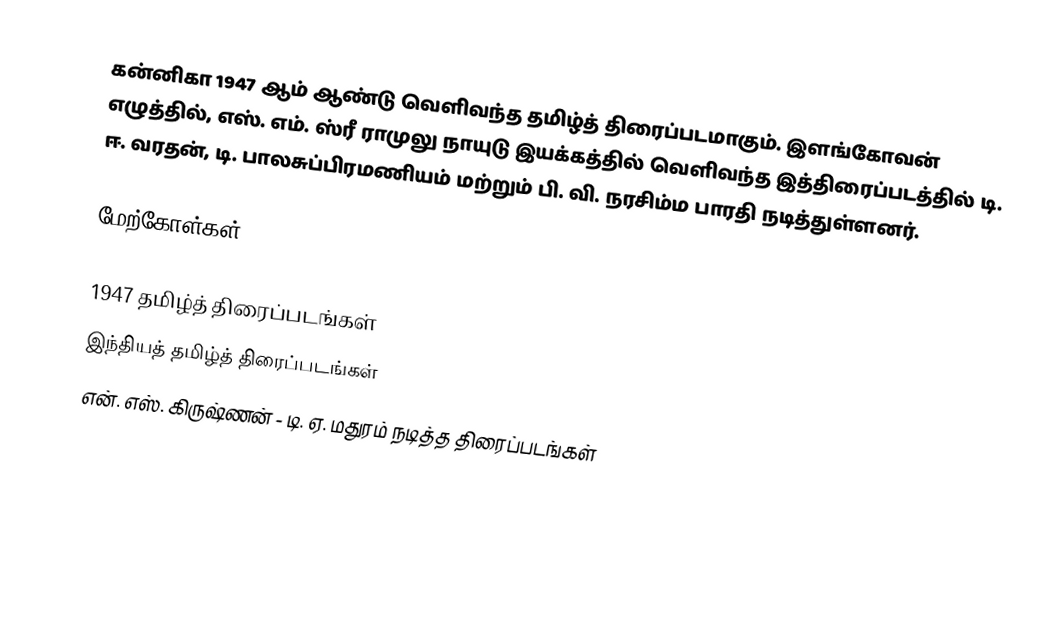
கன்னிகா 1947 ஆம் ஆண்டு வெளிவந்த தமிழ்த் திரைப்படமாகும்.  இளங்கோவன் எழுத்தில், எஸ். எம். ஸ்ரீ ராமுலு நாயுடு இயக்கத்தில் வெளிவந்த இத்திரைப்படத்தில் டி. ஈ. வரதன், டி. பாலசுப்பிரமணியம் மற்றும் பி. வி. நரசிம்ம பாரதி நடித்துள்ளனர்.

மேற்கோள்கள்

1947 தமிழ்த் திரைப்படங்கள்
இந்தியத் தமிழ்த் திரைப்படங்கள்
என். எஸ். கிருஷ்ணன் - டி. ஏ. மதுரம் நடித்த திரைப்படங்கள்